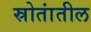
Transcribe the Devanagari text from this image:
स्रोतांतील